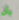
بأن